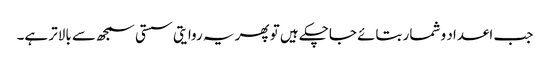
جب اعداد و شمار بتائے جاچکے ہیں تو پھر یہ روایتی سستی سمجھ سے بالاتر ہے۔